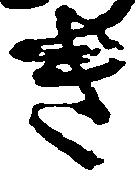
き